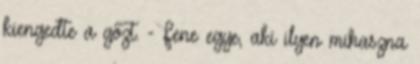
kiengedte a gőzt. - Fene egye, aki ilyen mihaszna